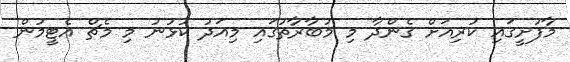
މާފުށީގައި ކުރިއަށް ގެންދާ މި މުބާރާތުގައި މިއަދު ކުޅުނު މި މެޗް އެޓީމުން